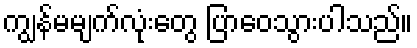
ကျွန်မမျက်လုံးတွေ ပြာဝေသွားပါသည်။